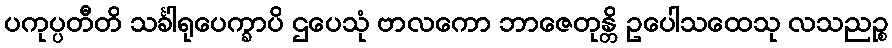
ပကုပ္ပတီတိ သင်္ခါရုပေက္ခာပိ ဌပေသုံ ဗာလကော ဘာဇေတုန္တိ ဥပေါသထေသု လသညဉ္စ